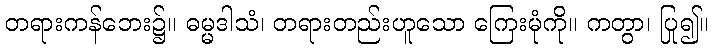
တရားကန်ဘေး၌။ ဓမ္မဒါသံ၊ တရားတည်းဟူသော ကြေးမုံကို။ ကတွာ၊ ပြု၍။